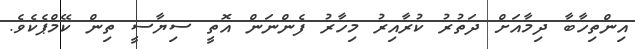
އިންތިހާބާ ދިމާއަށް ދަތުރު ކުރާއިރު މިހާރު ފެންނަން އޮތީ ސިޔާސީ ތިން ކޭމްޕެކެވެ.